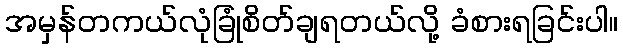
အမှန်တကယ်လုံခြုံစိတ်ချရတယ်လို့ ခံစားရခြင်းပါ။